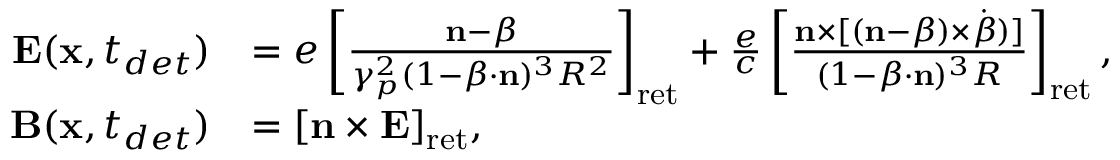
\begin{array} { r l } { \mathbf { E } ( \mathbf { x } , t _ { d e t } ) } & { = e \left[ \frac { \mathbf { n } - \boldsymbol { \beta } } { \gamma _ { p } ^ { 2 } ( 1 - \boldsymbol { \beta } \cdot \mathbf { n } ) ^ { 3 } R ^ { 2 } } \right] _ { \mathrm { r e t } } + \frac { e } { c } \left[ \frac { \mathbf { n } \times [ ( \mathbf { n } - \boldsymbol { \beta } ) \times \dot { \boldsymbol { \beta } } ) ] } { ( 1 - \boldsymbol { \beta } \cdot \mathbf { n } ) ^ { 3 } R } \right] _ { \mathrm { r e t } } , } \\ { \; \; \mathbf { B } ( \mathbf { x } , t _ { d e t } ) } & { = [ \mathbf { n } \times \mathbf { E } ] _ { \mathrm { r e t } } , } \end{array}